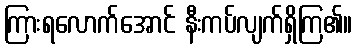
ကြားရလောက်အောင် နီးကပ်လျက်ရှိကြ၏။